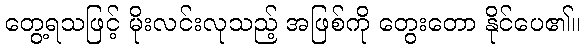
တွေ့ရသဖြင့် မိုးလင်းလုသည့် အဖြစ်ကို တွေးတော နိုင်ပေ၏။